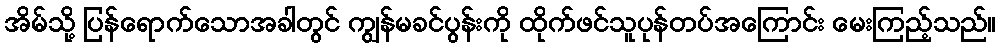
အိမ်သို့ ပြန်ရောက်သောအခါတွင် ကျွန်မခင်ပွန်းကို ထိုက်ဖင်သူပုန်တပ်အကြောင်း မေးကြည့်သည်။